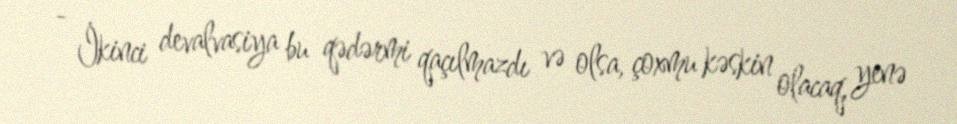
- İkinci devalvasiya bu qədərmi qaçılmazdı və olsa, çoxmu kəskin olacaq, yenə